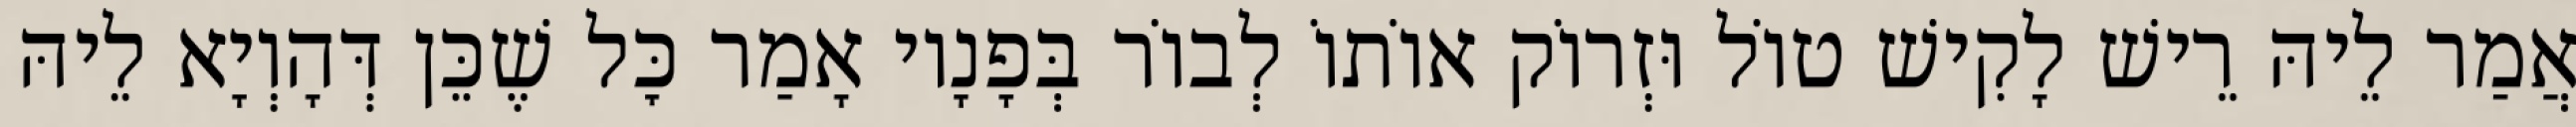
אֲמַר לֵיהּ רֵישׁ לָקִישׁ טוֹל וּזְרוֹק אוֹתוֹ לְבוֹר בְּפָנָיו אָמַר כׇּל שֶׁכֵּן דְּהָוְיָא לֵיהּ